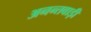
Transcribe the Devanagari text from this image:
अनन्तवाड़ी